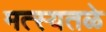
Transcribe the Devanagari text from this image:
मत्स्यतळे